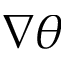
\nabla \theta